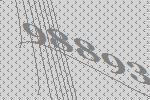
98893